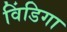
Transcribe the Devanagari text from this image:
विंडिगा